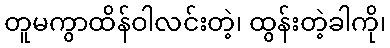
တူမကွာထိန်ဝါလင်းတဲ့၊ ထွန်းတဲ့ခါကို၊